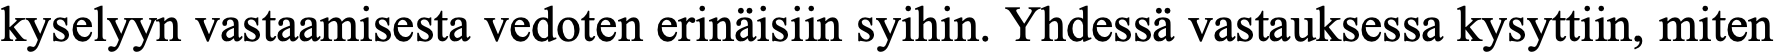
kyselyyn vastaamisesta vedoten erinäisiin syihin. Yhdessä vastauksessa kysyttiin, miten